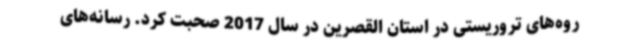
روه‌های تروریستی در استان القصرین در سال 2017 صحبت کرد. رسانه‌های